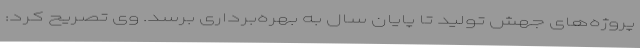
پروژه‌های جهش تولید تا پایان سال به بهره‌برداری برسد. وی تصریح کرد: